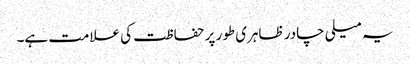
یہ میلی چادر ظاہری طور پر حفاظت کی علامت ہے۔